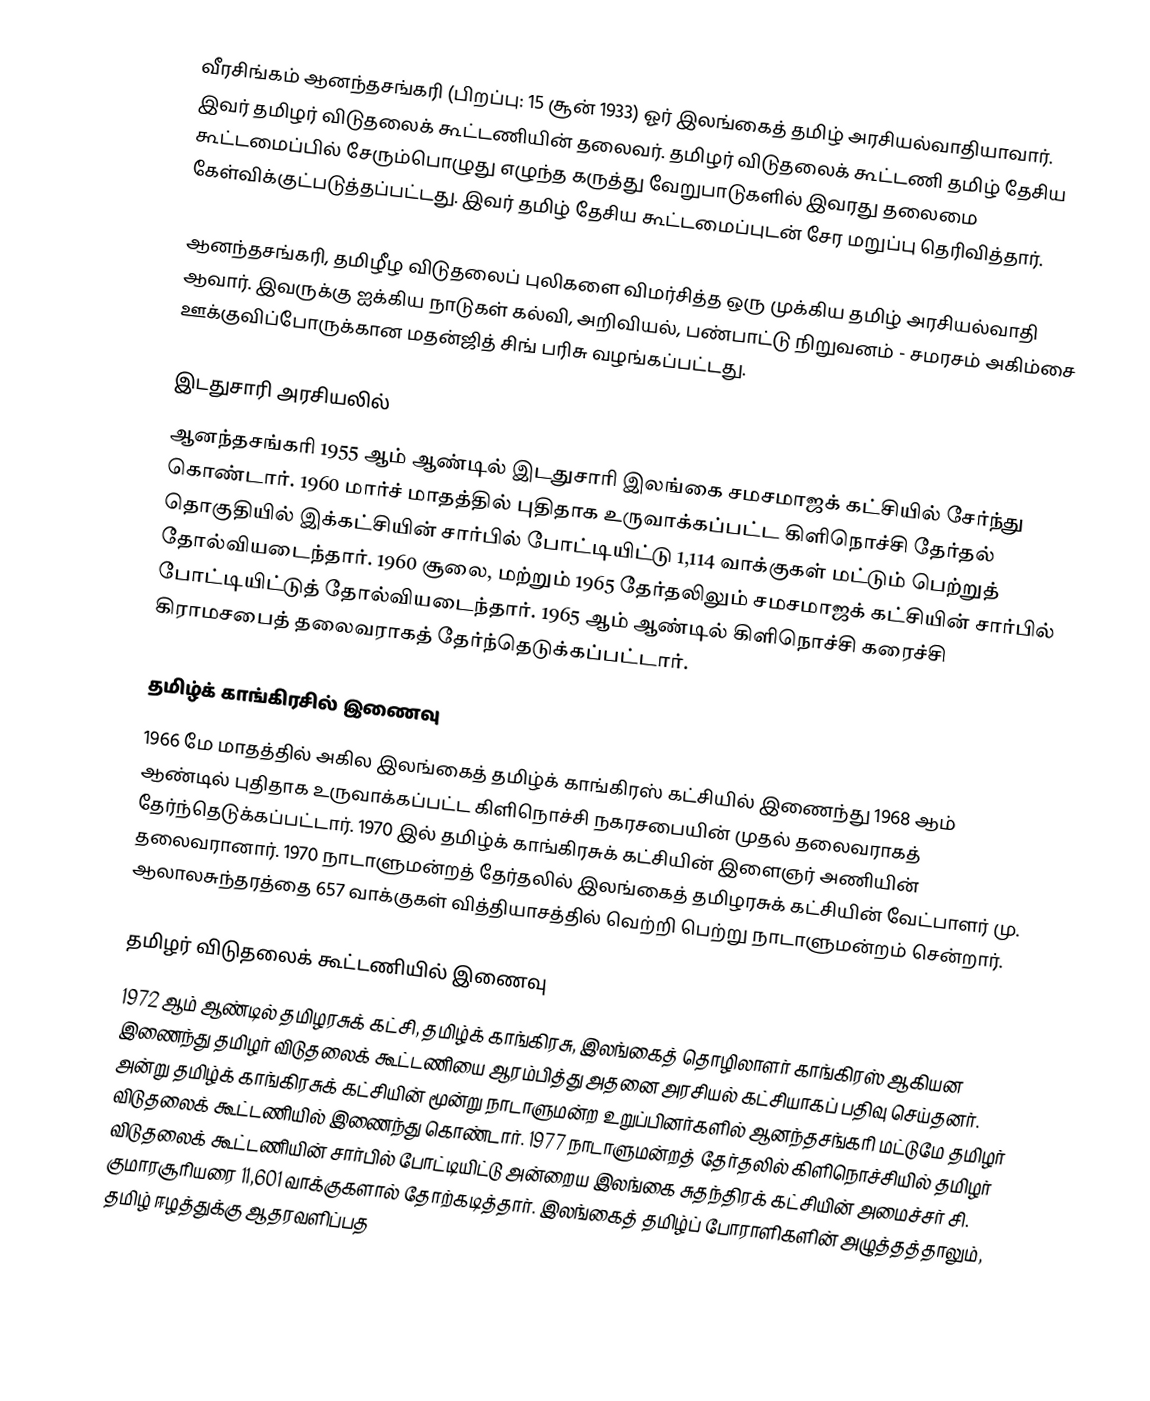
வீரசிங்கம் ஆனந்தசங்கரி (பிறப்பு: 15 சூன் 1933) ஓர் இலங்கைத் தமிழ் அரசியல்வாதியாவார். இவர் தமிழர் விடுதலைக் கூட்டணியின் தலைவர். தமிழர் விடுதலைக் கூட்டணி தமிழ் தேசிய கூட்டமைப்பில் சேரும்பொழுது எழுந்த கருத்து வேறுபாடுகளில் இவரது தலைமை கேள்விக்குட்படுத்தப்பட்டது. இவர் தமிழ் தேசிய கூட்டமைப்புடன் சேர மறுப்பு தெரிவித்தார்.

ஆனந்தசங்கரி, தமிழீழ விடுதலைப் புலிகளை விமர்சித்த ஒரு முக்கிய தமிழ் அரசியல்வாதி ஆவார். இவருக்கு ஐக்கிய நாடுகள் கல்வி, அறிவியல், பண்பாட்டு நிறுவனம் - சமரசம் அகிம்சை ஊக்குவிப்போருக்கான மதன்ஜித் சிங் பரிசு வழங்கப்பட்டது.

இடதுசாரி அரசியலில்
ஆனந்தசங்கரி 1955 ஆம் ஆண்டில் இடதுசாரி இலங்கை சமசமாஜக் கட்சியில் சேர்ந்து கொண்டார். 1960 மார்ச் மாதத்தில் புதிதாக உருவாக்கப்பட்ட கிளிநொச்சி தேர்தல் தொகுதியில் இக்கட்சியின் சார்பில் போட்டியிட்டு 1,114 வாக்குகள் மட்டும் பெற்றுத் தோல்வியடைந்தார். 1960 சூலை, மற்றும் 1965 தேர்தலிலும் சமசமாஜக் கட்சியின் சார்பில் போட்டியிட்டுத் தோல்வியடைந்தார். 1965 ஆம் ஆண்டில் கிளிநொச்சி கரைச்சி கிராமசபைத் தலைவராகத் தேர்ந்தெடுக்கப்பட்டார்.

தமிழ்க் காங்கிரசில் இணைவு
1966 மே மாதத்தில் அகில இலங்கைத் தமிழ்க் காங்கிரஸ் கட்சியில் இணைந்து 1968 ஆம் ஆண்டில் புதிதாக உருவாக்கப்பட்ட கிளிநொச்சி நகரசபையின் முதல் தலைவராகத் தேர்ந்தெடுக்கப்பட்டார். 1970 இல் தமிழ்க் காங்கிரசுக் கட்சியின் இளைஞர் அணியின் தலைவரானார். 1970 நாடாளுமன்றத் தேர்தலில் இலங்கைத் தமிழரசுக் கட்சியின் வேட்பாளர் மு. ஆலாலசுந்தரத்தை 657 வாக்குகள் வித்தியாசத்தில் வெற்றி பெற்று நாடாளுமன்றம் சென்றார்.

தமிழர் விடுதலைக் கூட்டணியில் இணைவு
1972 ஆம் ஆண்டில் தமிழரசுக் கட்சி, தமிழ்க் காங்கிரசு, இலங்கைத் தொழிலாளர் காங்கிரஸ் ஆகியன இணைந்து தமிழர் விடுதலைக் கூட்டணியை ஆரம்பித்து அதனை அரசியல் கட்சியாகப் பதிவு செய்தனர். அன்று தமிழ்க் காங்கிரசுக் கட்சியின் மூன்று நாடாளுமன்ற உறுப்பினர்களில் ஆனந்தசங்கரி மட்டுமே தமிழர் விடுதலைக் கூட்டணியில் இணைந்து கொண்டார். 1977 நாடாளுமன்றத் தேர்தலில் கிளிநொச்சியில் தமிழர் விடுதலைக் கூட்டணியின் சார்பில் போட்டியிட்டு அன்றைய இலங்கை சுதந்திரக் கட்சியின் அமைச்சர் சி. குமாரசூரியரை 11,601 வாக்குகளால் தோற்கடித்தார். இலங்கைத் தமிழ்ப் போராளிகளின் அழுத்தத்தாலும், தமிழ் ஈழத்துக்கு ஆதரவளிப்பத